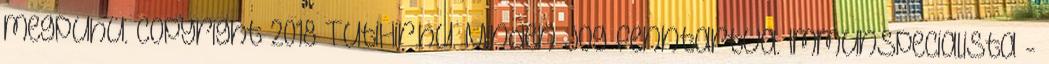
megpuhu. Copyright 2018 TutiHir.hu. Minden jog fenntartva. Immunspecialista -